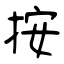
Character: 按